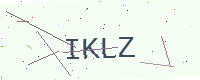
Text: IKLZ